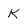
Character: K